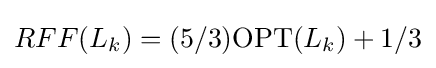
RFF(L_{k})=(5/3)\mathrm {OPT} (L_{k})+1/3